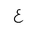
Letter: _ayn